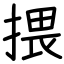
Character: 揋